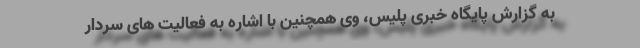
به گزارش پایگاه خبری پلیس، وی همچنین با اشاره به فعالیت های سردار